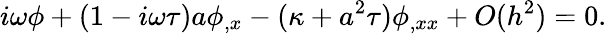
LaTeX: i\omega\phi+(1-i\omega\tau)a\phi_{,x}-(\kappa+a^{2}\tau)\phi_{,xx}+O(h^{2})=0.